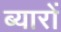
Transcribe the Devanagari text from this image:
ब्यारों